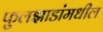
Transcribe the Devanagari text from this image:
फुलझाडांमधील